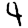
Digit: 4